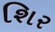
શિર